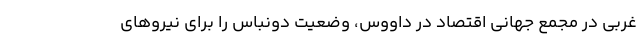
غربی در مجمع جهانی اقتصاد در داووس، وضعیت دونباس را برای نیروهای